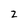
Character: z